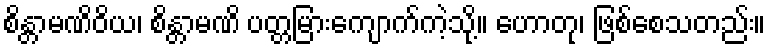
စိန္တာမဏိဝိယ၊ စိန္တာမဏိ ပတ္တမြားကျောက်ကဲ့သို့။ ဟောတု၊ ဖြစ်စေသတည်း။